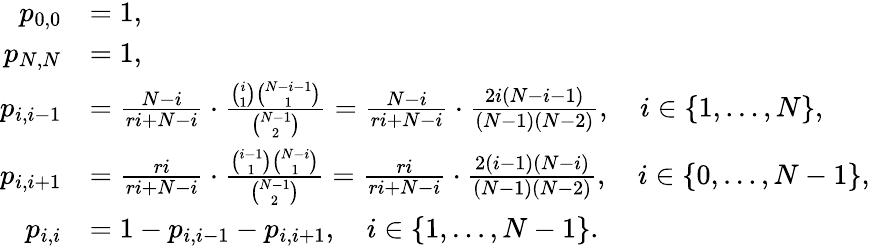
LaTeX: \begin{array}{rl}{p_{0,0}}&{=1,}\\ {p_{N,N}}&{=1,}\\ {p_{i,i-1}}&{=\frac{N-i}{ri+N-i}\cdot\frac{\binom{i}{1}\binom{N-i-1}{1}}{\binom{N-1}{2}}=\frac{N-i}{ri+N-i}\cdot\frac{2i(N-i-1)}{(N-1)(N-2)},\quad i\in\{ 1,\ldots,N\} ,}\\ {p_{i,i+1}}&{=\frac{ri}{ri+N-i}\cdot\frac{\binom{i-1}{1}\binom{N-i}{1}}{\binom{N-1}{2}}=\frac{ri}{ri+N-i}\cdot\frac{2(i-1)(N-i)}{(N-1)(N-2)},\quad i\in\{ 0,\ldots,N-1\} ,}\\ {p_{i,i}}&{=1-p_{i,i-1}-p_{i,i+1},\quad i\in\{ 1,\ldots,N-1\} .}\end{array}